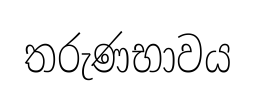
තරුණභාවය